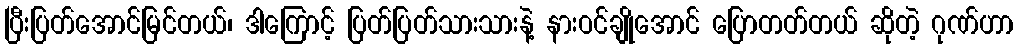
ပြီးပြတ်အောင်မြင်တယ်၊ ဒါကြောင့် ပြတ်ပြတ်သားသားနဲ့ နားဝင်ချိုအောင် ပြောတတ်တယ် ဆိုတဲ့ ဂုဏ်ဟာ